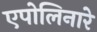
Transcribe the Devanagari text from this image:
एपोलिनारे